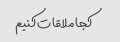
کجا ملاقات کنیم